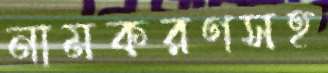
নামকরণসহ